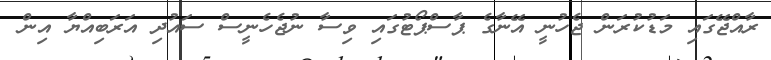
ރާއްޖޭގައި މަޑުކުރަން ޖެހުނީ އޭނާގެ ޕާސްޕޯޓުގައި ވިސާ ނުޖެހެނީސް ސައުދި އަރަބިއްޔާ އިން